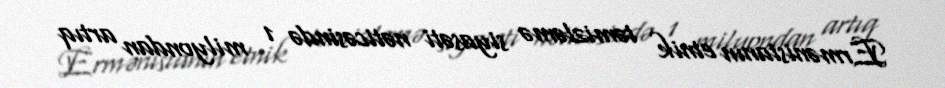
Ermənistanın etnik təmizləmə siyasəti nəticəsində 1 milyondan artıq